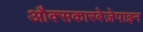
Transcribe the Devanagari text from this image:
औक्सकारबेज़ेपाइन